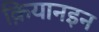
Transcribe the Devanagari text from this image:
क़ियानइन